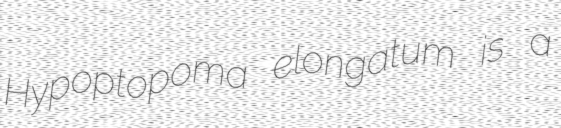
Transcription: Hypoptopoma elongatum is a